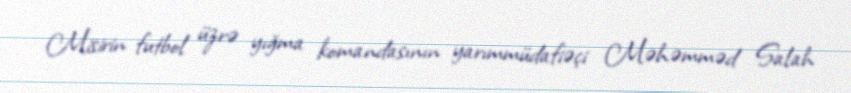
Misirin futbol üzrə yığma komandasının yarımmüdafiəçi Məhəmməd Salah